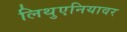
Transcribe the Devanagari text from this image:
लिथुएनियावर